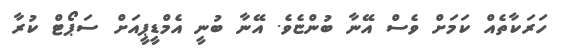
ހަރަކާތެއް ކަމަށް ވެސް އޭނާ ބުންޏެވެ. އޭނާ ބުނީ އެމްޑީޕީއަށް ސަޕޯޓް ކުރާ